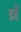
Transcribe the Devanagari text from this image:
डरें